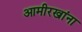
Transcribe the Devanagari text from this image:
आमीरखांना